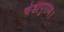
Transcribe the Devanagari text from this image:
चंडीपुराण।